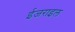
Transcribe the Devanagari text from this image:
ईजराइल